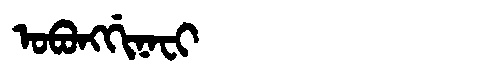
Manchu: ᠣᠪᠣᠩᡤᡳᠨᠠᠸᡳ
Romanization: OBONGGINAFI